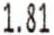
1.81